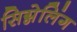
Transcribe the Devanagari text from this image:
सिग्नेलिंग